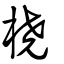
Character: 橈